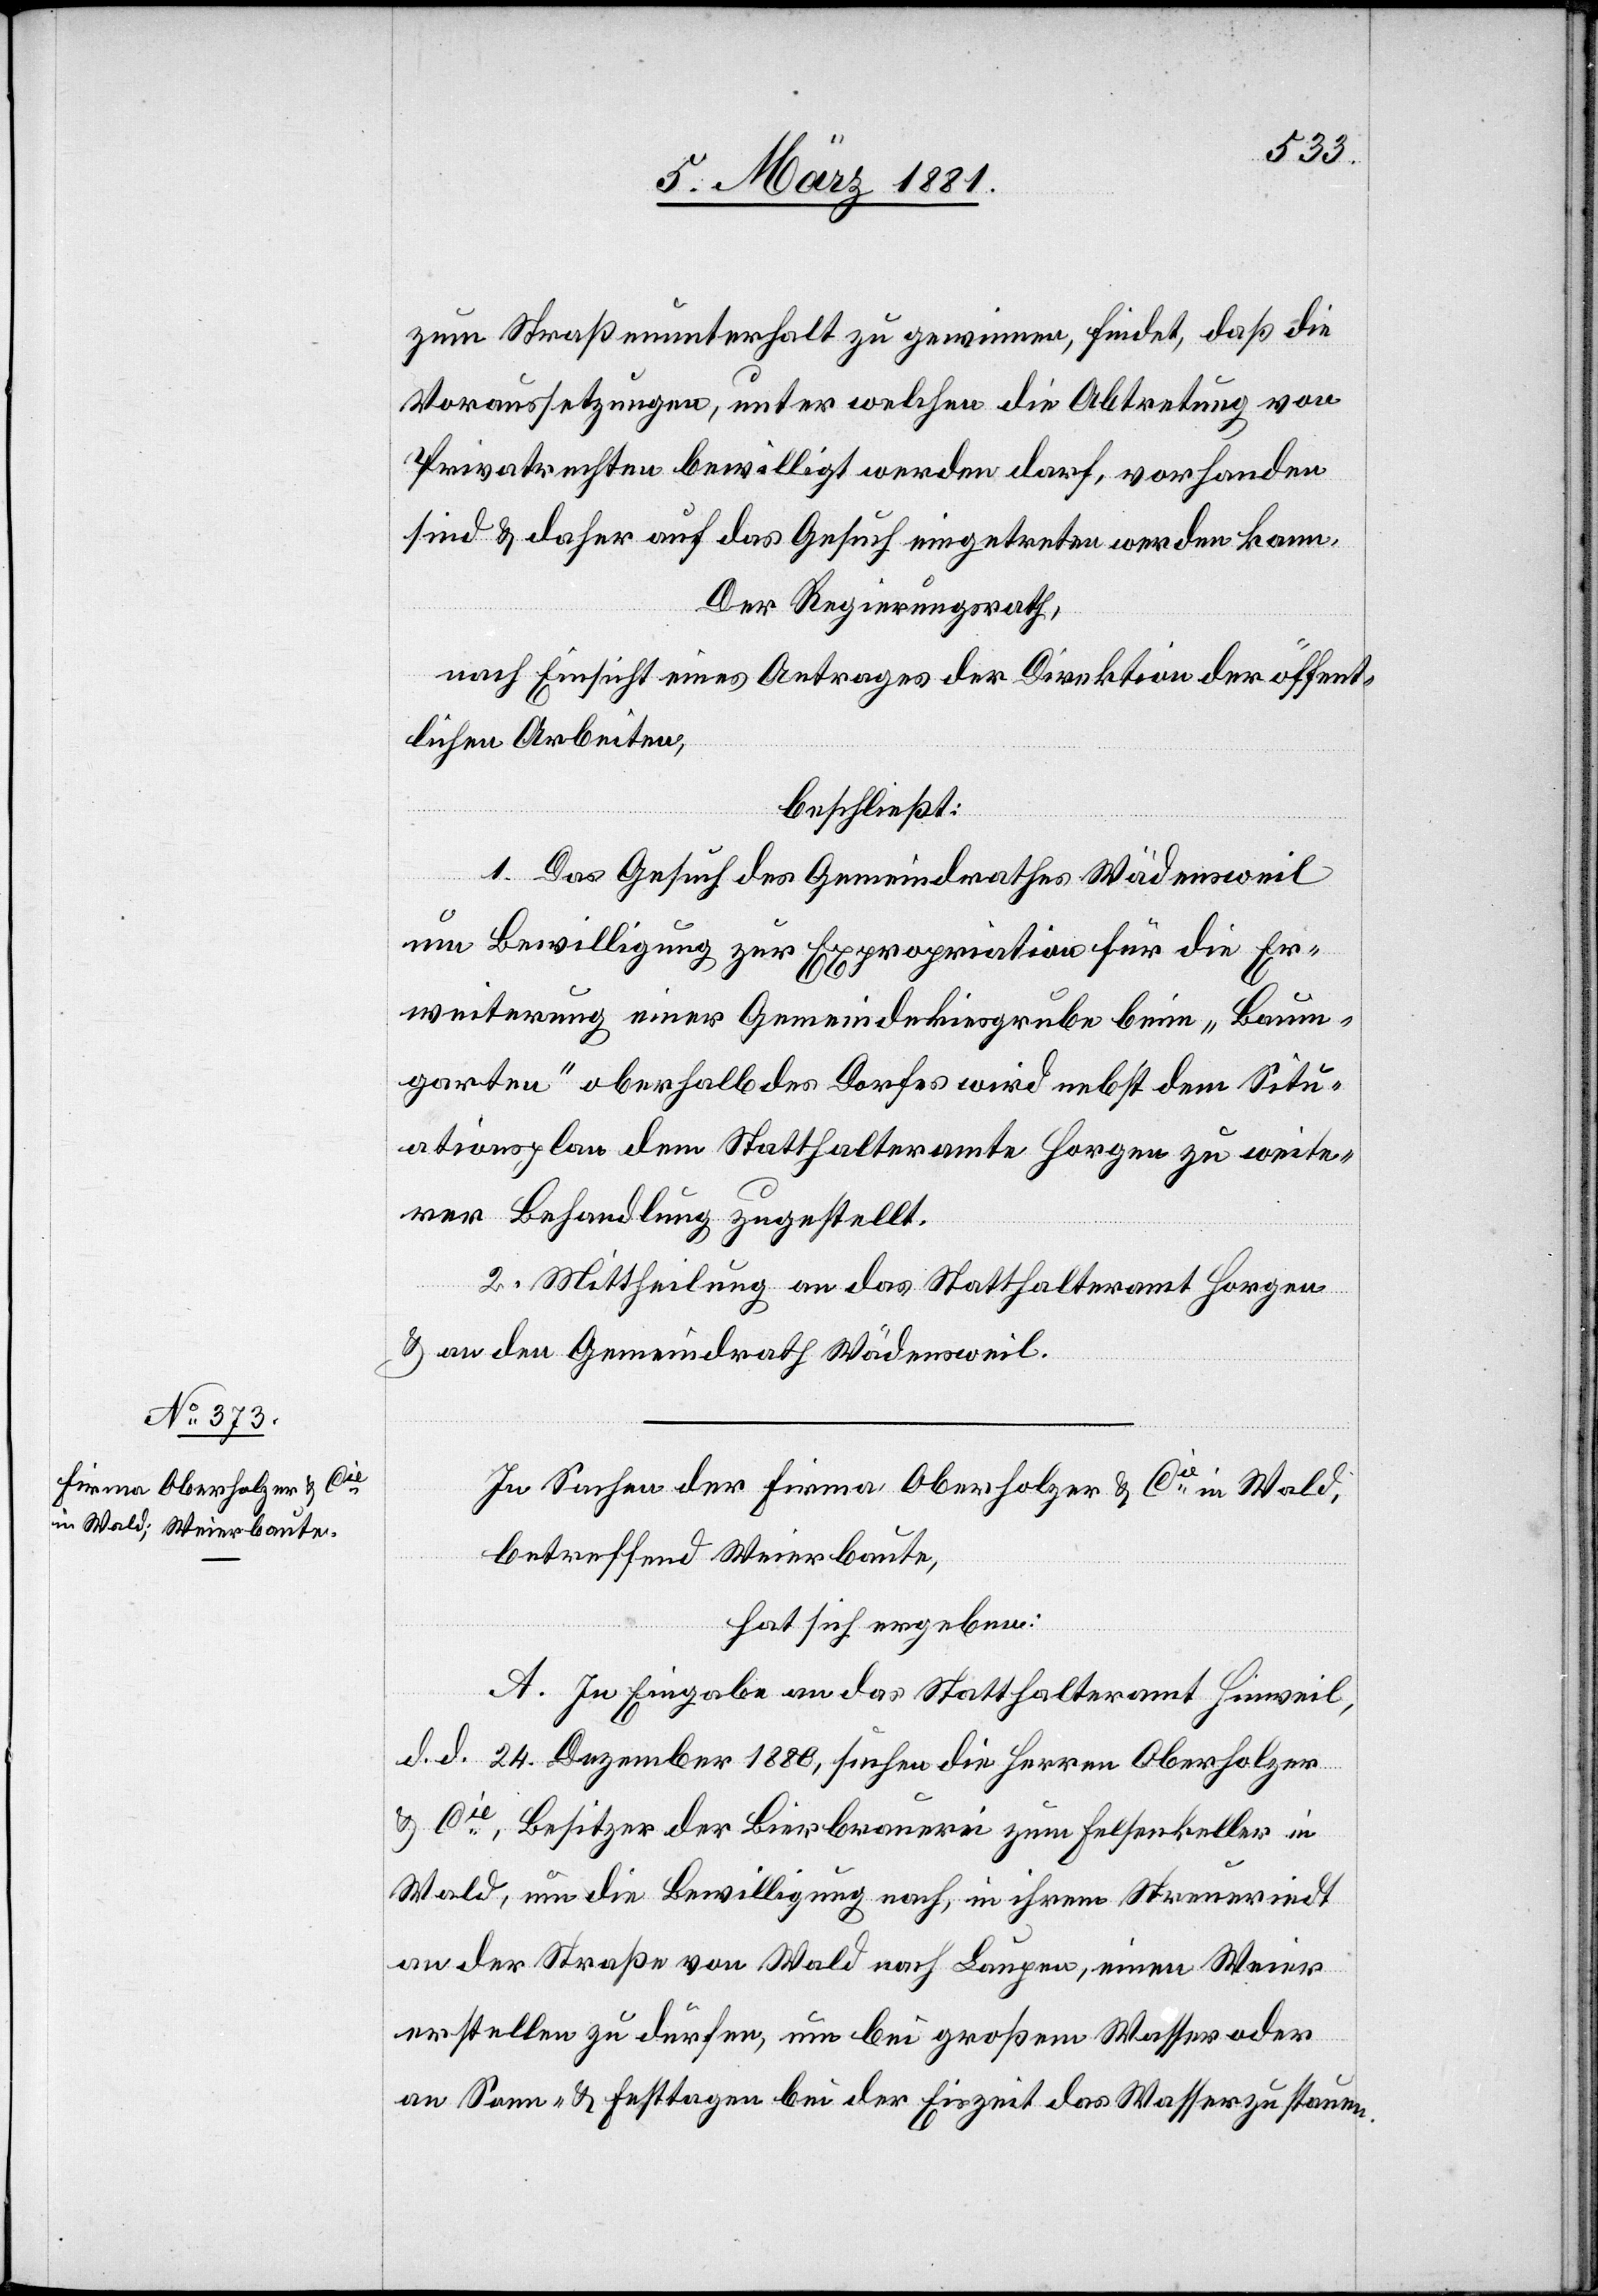
zum Straßenunterhalt zu gewinnen, findet, daß die
Voraussetzungen, unter welchen die Abtretung von
Privatrechten bewilligt werden darf, vorhanden
sind & daher auf das Gesuch eingetreten werden kann.
Der Regierungsrath,
nach Einsicht eines Antrages der Direktion der öffent¬
lichen Arbeiten,
beschließt:
1. Das Gesuch des Gemeindrathes Wädensweil
um Bewilligung zur Expropriation für die Er¬
weiterung einer Gemeindekiesgrube beim „Baum¬
garten“ oberhalb des Dorfes wird nebst dem Situ¬
ationsplan dem Statthalteramte Horgen zu weite¬
rer Behandlung zugestellt.
2. Mittheilung an das Statthalteramt Horgen
& an den Gemeindrath Wädensweil.
In Sachen der Firma Oberholzer & Cie in Wald,
betreffend Weierbaute,
hat sich ergeben:
A. In Eingabe an das Statthalteramt Hinweil,
d. d. 24. Dezember 1880, suchen die Herren Oberholzer
& Cie, Besitzer der Bierbrauerei zum Felsenkeller in
Wald, um die Bewilligung nach, in ihrem Streuriedt
an der Straße von Wald nach Laupen, einen Weier
erstellen zu dürfen, um bei großem Wasser oder
an Sonn- & Festtagen bei der Eiszeit das Wasser zu stauen.